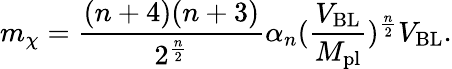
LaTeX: m_{\chi}=\frac{(n+4)(n+3)}{2^{\frac{n}{2}}}\alpha_{n}(\frac{V_{\mathrm{BL}}}{M_{\mathrm{pl}}})^{\frac{n}{2}}V_{\mathrm{BL}}.